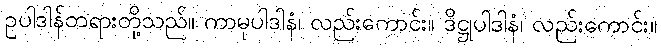
ဥပါဒါန်တရားတို့သည်။ ကာမုပါဒါနံ၊ လည်းကောင်း။ ဒိဋ္ဌုပါဒါနံ၊ လည်းကောင်း။